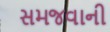
સમજવાની